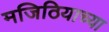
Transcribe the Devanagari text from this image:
मजिठियाच्या